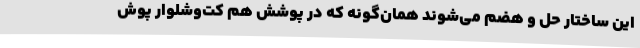
این ساختار حل و هضم می‌شوند همان‌گونه که در پوشش هم کت‌و‌شلوار پوش